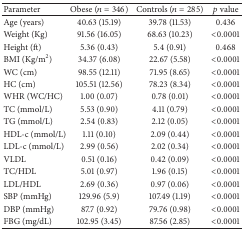
<table><thead><tr><td><b>Parameter</b></td><td><b>Obese (<i>n</i> = 346)</b></td><td><b>Controls (<i>n</i> = 285)</b></td><td><b><i>p</i> value</b></td></tr></thead><tbody><tr><td>Age (years)</td><td>40.63 (15.19)</td><td>39.78 (11.53)</td><td>0.436</td></tr><tr><td>Weight (Kg)</td><td>91.56 (16.05)</td><td>68.63 (10.23)</td><td>&lt;0.0001</td></tr><tr><td>Height (ft)</td><td>5.36 (0.43)</td><td>5.4 (0.91)</td><td>0.468</td></tr><tr><td>BMI (Kg/m<sup>2</sup>)</td><td>34.37 (6.08)</td><td>22.67 (5.58)</td><td>&lt;0.0001</td></tr><tr><td>WC (cm)</td><td>98.55 (12.11)</td><td>71.95 (8.65)</td><td>&lt;0.0001</td></tr><tr><td>HC (cm)</td><td>105.51 (12.56)</td><td>78.23 (8.34)</td><td>&lt;0.0001</td></tr><tr><td>WHR (WC/HC)</td><td>1.00 (0.07)</td><td>0.78 (0.01)</td><td>&lt;0.0001</td></tr><tr><td>TC (mmol/L)</td><td>5.53 (0.90)</td><td>4.11 (0.79)</td><td>&lt;0.0001</td></tr><tr><td>TG (mmol/L)</td><td>2.54 (0.83)</td><td>2.12 (0.05)</td><td>&lt;0.0001</td></tr><tr><td>HDL-c (mmol/L)</td><td>1.11 (0.10)</td><td>2.09 (0.44)</td><td>&lt;0.0001</td></tr><tr><td>LDL-c (mmol/L)</td><td>2.99 (0.56)</td><td>2.02 (0.34)</td><td>&lt;0.0001</td></tr><tr><td>VLDL</td><td>0.51 (0.16)</td><td>0.42 (0.09)</td><td>&lt;0.0001</td></tr><tr><td>TC/HDL</td><td>5.01 (0.97)</td><td>1.96 (0.15)</td><td>&lt;0.0001</td></tr><tr><td>LDL/HDL</td><td>2.69 (0.36)</td><td>0.97 (0.06)</td><td>&lt;0.0001</td></tr><tr><td>SBP (mmHg)</td><td>129.96 (5.9)</td><td>107.49 (1.19)</td><td>&lt;0.0001</td></tr><tr><td>DBP (mmHg)</td><td>87.7 (0.92)</td><td>79.76 (0.98)</td><td>&lt;0.0001</td></tr><tr><td>FBG (mg/dL)</td><td>102.95 (3.45)</td><td>87.56 (2.85)</td><td>&lt;0.0001</td></tr></tbody></table>